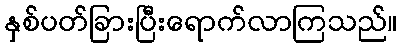
နှစ်ပတ်ခြားပြီးရောက်လာကြသည်။